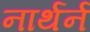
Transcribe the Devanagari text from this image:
नार्थर्न